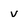
Character: v